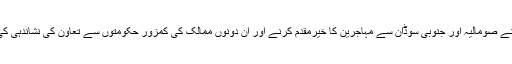
کینیا نے صومالیہ اور جنوبی سوڈان سے مہاجرین کا خیرمقدم کرنے اور ان دونوں ممالک کی کمزور حکومتوں سے تعاون کی نشاندہی کی ہے۔